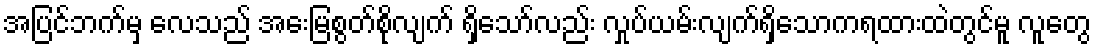
အပြင်ဘက်မှ လေသည် အေးမြစွတ်စိုလျက် ရှိသော်လည်း လှုပ်ယမ်းလျက်ရှိသောကရထားထဲတွင်မူ လူတွေ